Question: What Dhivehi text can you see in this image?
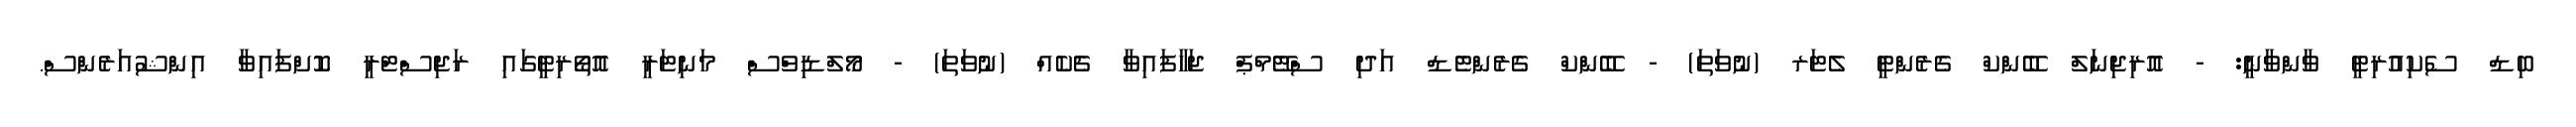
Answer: ބިޑް ސެކިއުރިޓީ ވާންވާނީ: - އޮރިޖިނަލް ބޭންކް ގެރެންޓީ ލެޓަރ (ނުވަތަ) - ބޭންކް ގެރެންޓެޑް އަދި ސްޓޭމްޕް ޖަހާފައިވާ ޗެކެއް (ނުވަތަ) - މޯލްޑިވްސް މަނިޓަރީ އޮތޯރިޓީގައި ރަޖިސްޓްރީ ކޮށްފައިވާ އިންޝުއަރެންސް.